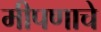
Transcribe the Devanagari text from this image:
मीपणाचे